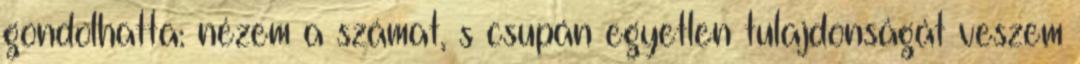
gondolhatta: nézem a számat, s csupán egyetlen tulajdonságát veszem